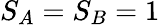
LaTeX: S_{A}=S_{B}=1